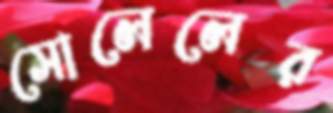
সোলেলের